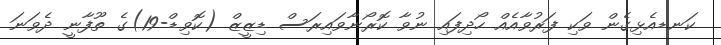
ކަނޑއެޅިގެން ވަކި ފަރުވާއެއް ހޯދިފައި ނުވާ ކޮރޯނާވައިރަސް ޑިޒީޒް (ކޮވިޑް-19)ގެ ތޫފާނީ ދެވަނަ